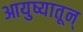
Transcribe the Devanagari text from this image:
आयुष्यातून्